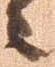
に